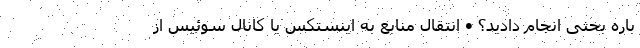
باره بحثی انجام دادید؟ • انتقال منابع به اینستکس یا کانال سوئیس از